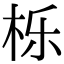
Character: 栎